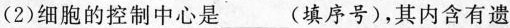
(2)细胞的控制中心是_____(填序号)，其内含有遗